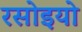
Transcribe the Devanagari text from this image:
रसोइयो